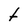
Character: t